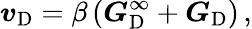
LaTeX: \boldsymbol{\mathit{v}}_{\mathrm{{D}}}=\beta\left(\boldsymbol{G}_{\mathrm{{D}}}^{\infty}+\boldsymbol{G}_{\mathrm{{D}}}\right)\, ,